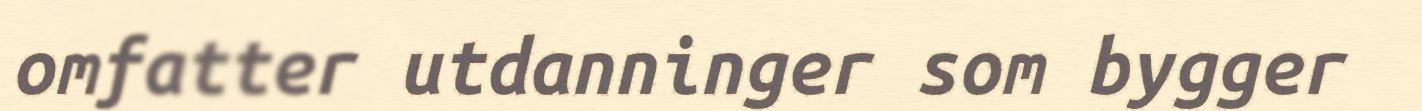
omfatter utdanninger som bygger